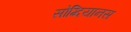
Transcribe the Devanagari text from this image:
सोग्दियानस